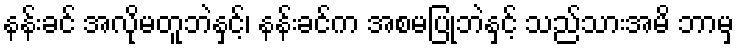
နန်းခင် အလိုမတူဘဲနှင့်၊ နန်းခင်က အစမပြုဘဲနှင့် သည်သားအမိ ဘာမှ